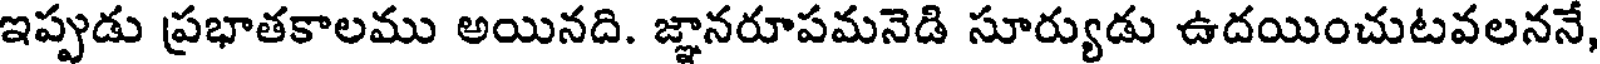
ఇప్పుడు ప్రభాతకాలము అయినది. జ్ఞానరూపమనెడి సూర్యుడు ఉదయించుటవలననే,